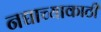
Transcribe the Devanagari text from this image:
नद्याच्याकाठी